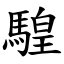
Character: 騜